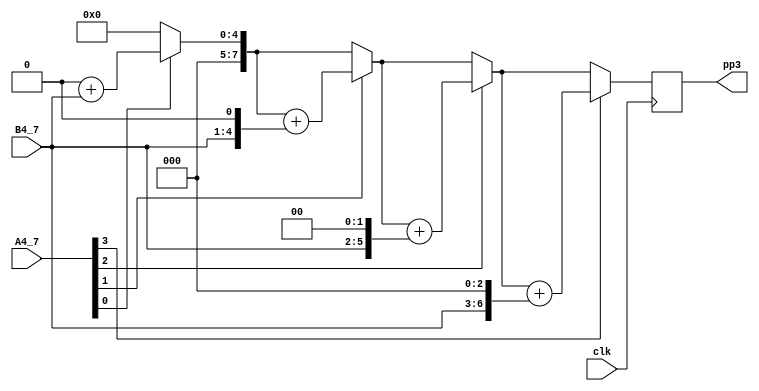
`timescale 1ns / 1ps
//////////////////////////////////////////////////////////////////////////////////
// Company: 
// Engineer: 
// 
// Design Name: 
// Module Name:    multi_4_4_pp3 
// Project Name: 
// Target Devices: 
// Tool versions: 
// Description: 
//
// Dependencies: 
//
// Revision: 
// Revision 0.01 - File Created
// Additional Comments: 
//
//////////////////////////////////////////////////////////////////////////////////
module multi_4_4_pp3(
input clk,
//input clr,
input [3:0] A4_7,
input [3:0] B4_7,
output reg [7:0] pp3
);

reg [7:0] pv;
reg [7:0] bp;  
integer i;

always @(posedge clk)// or posedge clr)
	begin
		pv = 8'b00000000;
		bp = {4'b0000,B4_7};
		for (i = 0; i<=3; i=i+1)
			begin
				if (A4_7[i] == 1)
				pv = pv+bp;
				bp={bp[6:0], 1'b0};
			end
		pp3=pv;
	end
	

endmodule